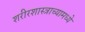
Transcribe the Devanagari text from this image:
शरीरशास्त्राच्यामध्ये